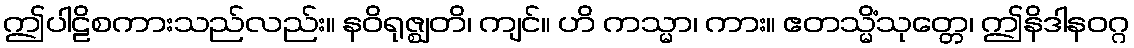
ဤပါဠိစကားသည်လည်း။ နဝိရုဇ္ဈတိ၊ ကျင်။ ဟိ ကသ္မာ၊ ကား။ ဧတသ္မိံသုတ္တေ၊ ဤနိဒါနဝဂ္ဂ